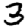
Digit: 3